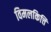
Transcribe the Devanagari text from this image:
विमलकित्ति